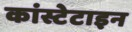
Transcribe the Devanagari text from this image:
कांस्टेटाइन